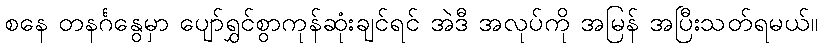
စနေ တနင်္ဂနွေမှာ ပျော်ရွှင်စွာကုန်ဆုံးချင်ရင် အဲဒီ အလုပ်ကို အမြန် အပြီးသတ်ရမယ်။